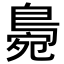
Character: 𪂧